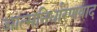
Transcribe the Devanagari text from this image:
आत्मनिर्धारणवाद